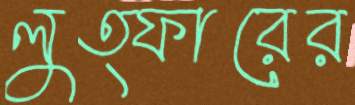
লুত্ফারের